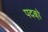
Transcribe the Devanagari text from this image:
पदको़